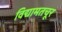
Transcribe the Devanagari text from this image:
विद्यामतचूर